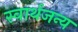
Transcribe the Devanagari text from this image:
स्वार्थजन्य